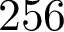
2 5 6